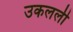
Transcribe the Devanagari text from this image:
उकलली